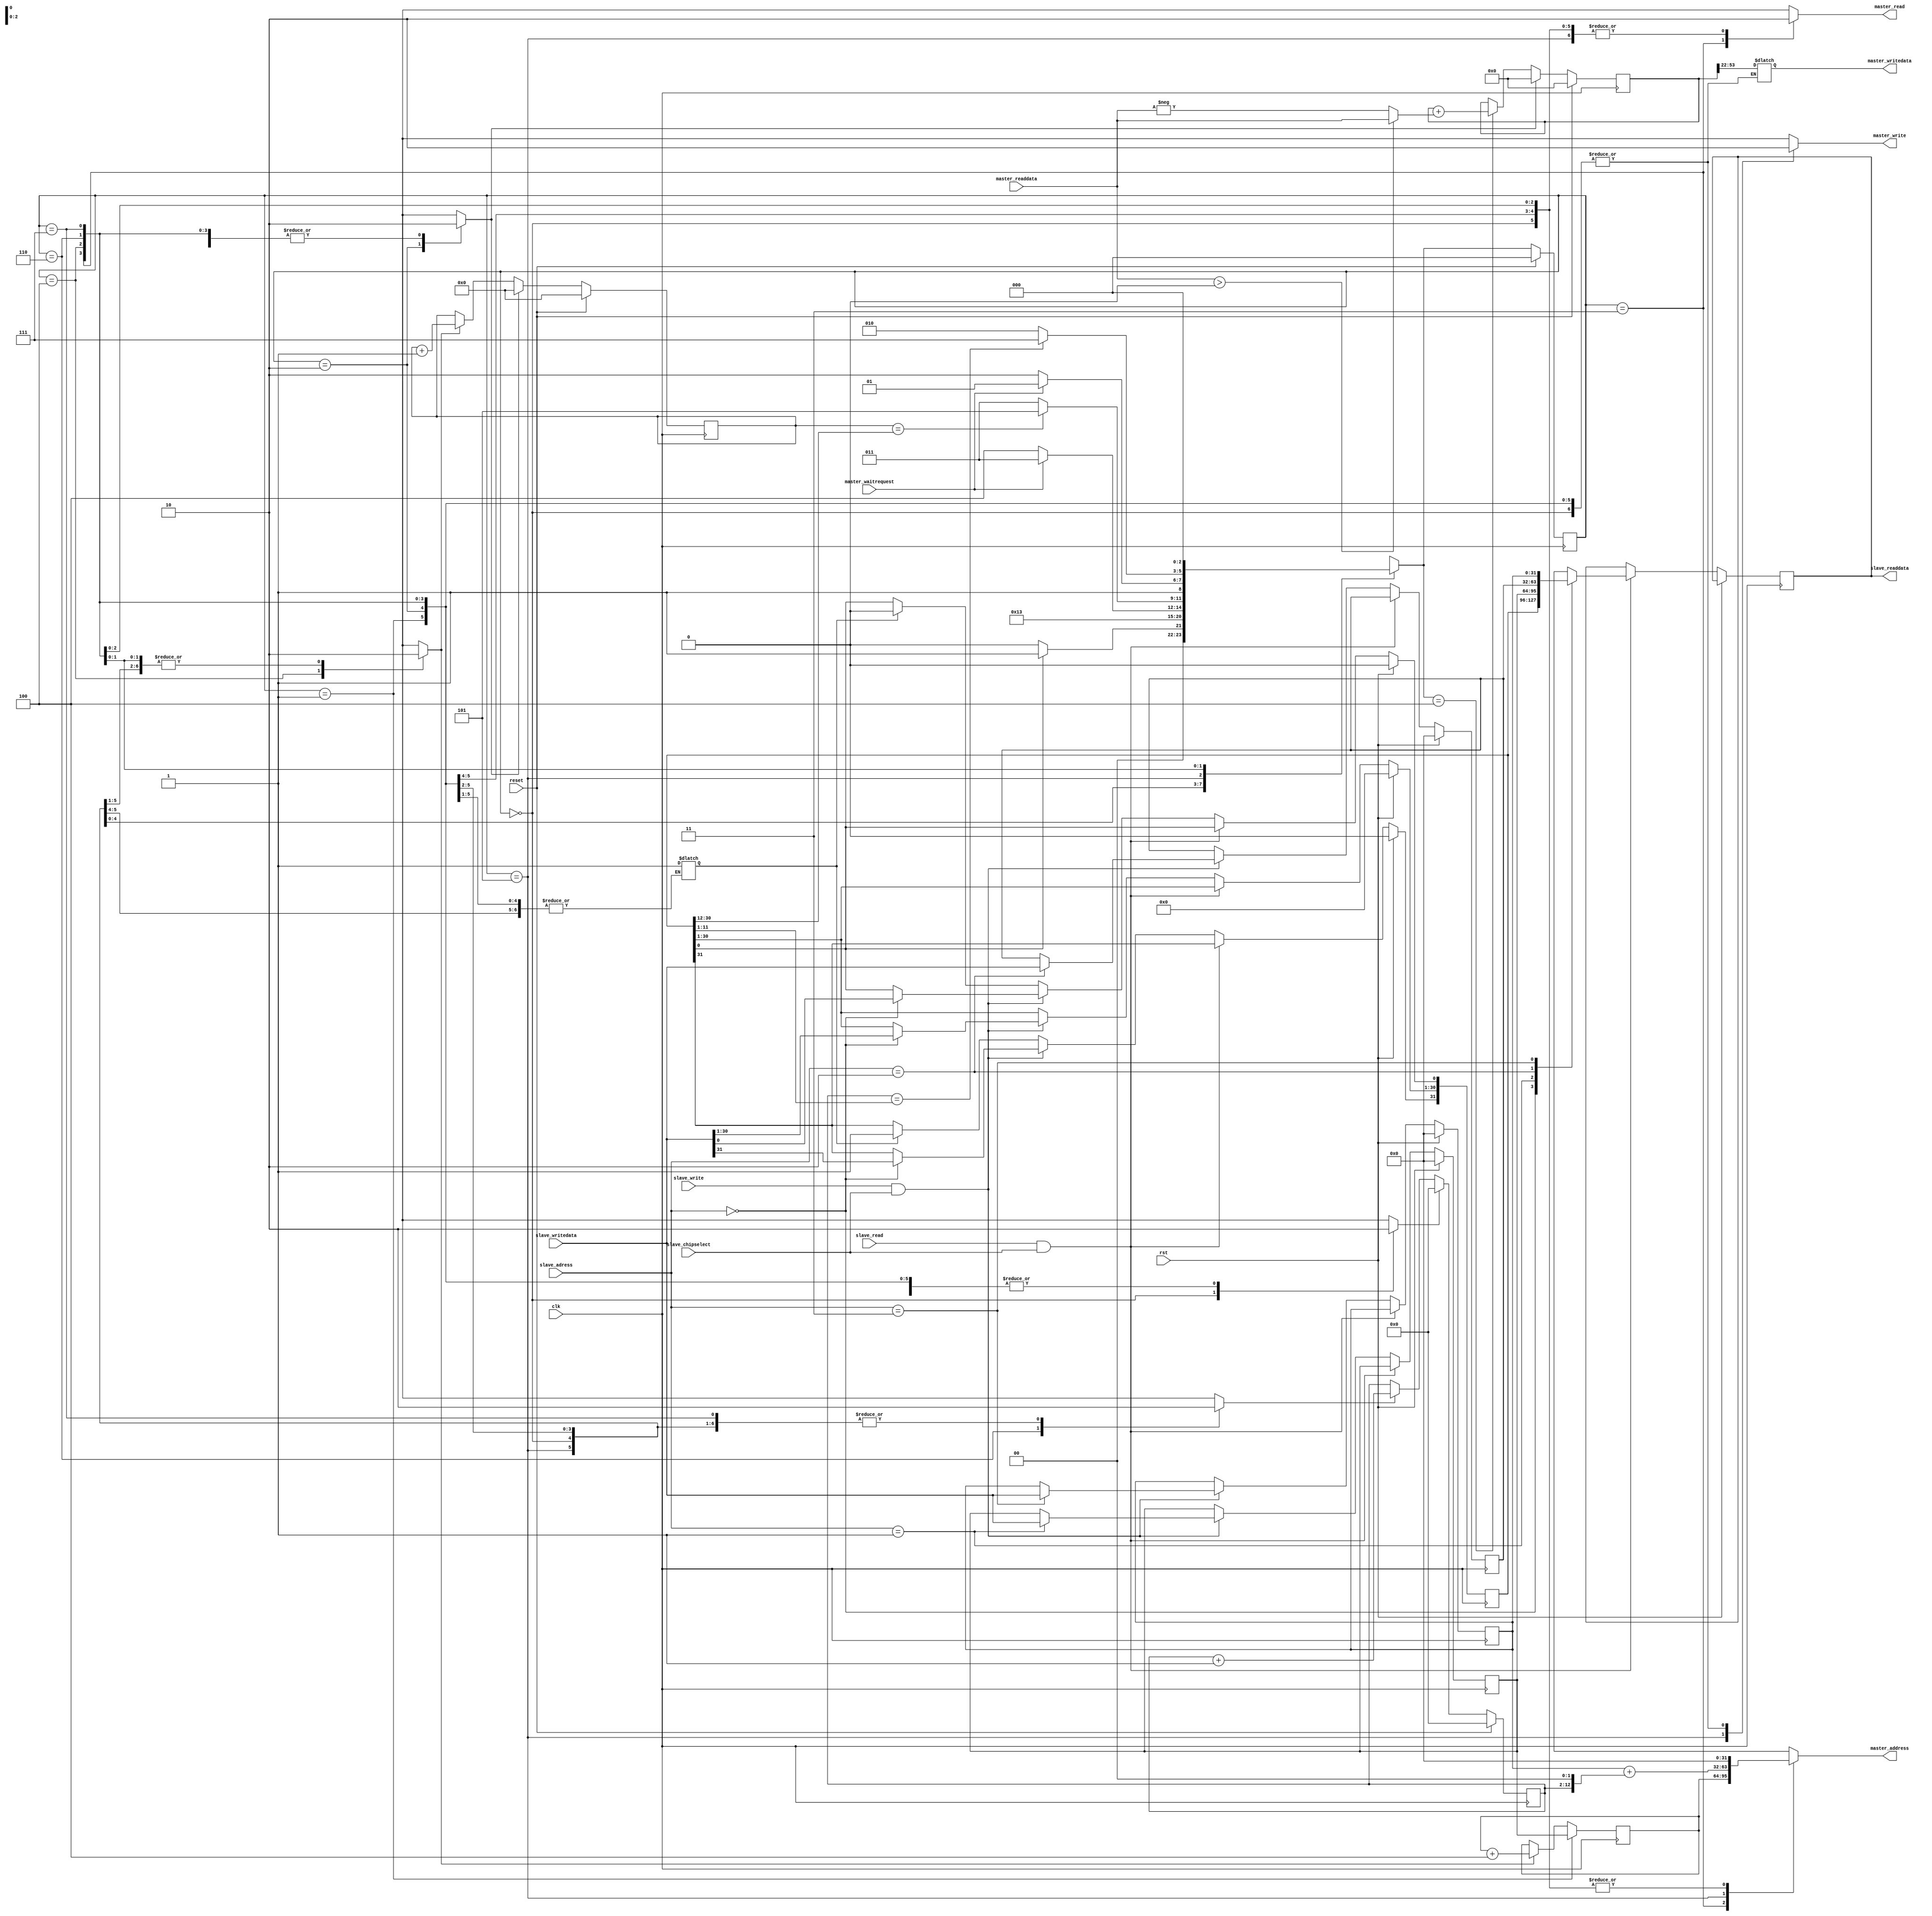
module calculator(clk,reset,slave_writedata,slave_write,slave_chipselect,slave_read,slave_readdata,rst,slave_adress,master_read,master_address,master_waitrequest,master_readdata,master_writedata,master_write);
input clk,slave_read,slave_write,slave_chipselect;
input [31:0]slave_writedata;
input signed [31:0] master_readdata;
input rst,reset;
input [1:0] slave_adress;
output reg [31:0]slave_readdata;
output reg signed [31:0] master_writedata;
output reg master_read,master_write;
output reg [31:0]master_address;
input master_waitrequest;


reg [31:0]config_reg,right_addr,left_addr,out_adrr;




localparam Idle=0,Resetting=2,Reading=3,Loading=4,Writting=5,Counting=6,Addressing=1,doning=7;
reg resultreset,loadresult,countsizereset,countenablesize,countnumreset,countenablenum;
wire carryoutsize,carryoutnum;
reg signed [63:0] resultreg;
reg [10:0] countnum;
reg [18:0] countsize;
wire Go;
reg Done;
wire [10:0] num;
wire [18:0] size;
reg [2:0] ps,ns;
wire signed [31:0] data;
reg [31:0] addresspresent;

assign data=(master_readdata>0)?master_readdata:(-master_readdata);



assign num[10:0]=config_reg[11:1];
assign size[18:0]=config_reg[30:12];
assign Go=config_reg[0];

always @(posedge clk) begin
if(ps==Addressing)
addresspresent<=right_addr;
else if(loadresult==1)
addresspresent<=addresspresent+4;
end

always @(*) begin
countnumreset=0;resultreset=0;countsizereset=0;master_address=0;master_read=0;loadresult=0;countenablesize=0;master_write=0;countenablenum=0;
ns=Idle;
case(ps)
Idle:begin ns=(Go)?Addressing:Idle;countnumreset=1; end
Addressing:begin ns=Resetting;end
Resetting:begin ns=Reading;resultreset=1;countsizereset=1;end
Reading:begin ns=(master_waitrequest)?Reading:Loading;master_address=addresspresent;master_read=1;end
Loading:begin ns=(carryoutsize)?Writting:Reading;loadresult=1;countenablesize=1;end
Writting:begin ns=(master_waitrequest)?Writting:Counting;master_write=1;master_address=out_adrr+(countnum<<2);master_writedata=resultreg[53:22];end
Counting:begin ns=(carryoutnum)?doning:Resetting;countenablenum=1;end
doning:begin ns=Idle;Done=1;end
default:ns=Idle;
endcase
end

always @(posedge clk) begin
	if (reset==1)
	ps<=Idle;
	else
	ps<=ns;
	end
	
always @(posedge clk) begin
	if(reset==1)
	countsize<=0;
	else if(countsizereset==1)
	countsize<=0;
	else if(countenablesize==1)
	countsize<=countsize+1;
end
always @(posedge clk) begin
	if (reset == 1)
	countnum<=0;
	else if (countnumreset==1)
	countnum<=0;
	else if (countenablenum==1)
	countnum<=countnum+1;
	end
	
assign carryoutsize=(countsize==size);
assign carryoutnum=(countnum==num);

always @(posedge clk) begin
		if (reset == 1)
		resultreg<=0;
		else if (resultreset==1)
		resultreg<=0;
		else if (ns==Loading)
		resultreg<=resultreg+data;
		end
		



always @(posedge clk) begin 
   if(rst) begin 
	 config_reg[31:0]<=0;
	 right_addr[31:0]<=0;
	 left_addr[31:0]<=0;
	 out_adrr[31:0]<=0;
	end
   else if(slave_read==1&&slave_chipselect==1) begin 
	  case (slave_adress) 
	   0:slave_readdata[31:0]<=config_reg[31:0];
		1:slave_readdata[31:0]<=right_addr[31:0];
		2:slave_readdata[31:0]<=left_addr[31:0];
		3:slave_readdata[31:0]<=out_adrr[31:0];
		endcase
	end
  else if(slave_write==1&&slave_chipselect==1) begin 
    case(slave_adress) 
	   0:config_reg[31:0]<=slave_writedata[31:0];
		1:right_addr[31:0]<=slave_writedata[31:0];
		2:left_addr[31:0]<=slave_writedata[31:0];
		3:out_adrr[31:0]<=slave_writedata[31:0];
		endcase

	end
	else if(Done==1) begin
		config_reg[31]<=1;
		config_reg[0]<=0;
	end
end



endmodule